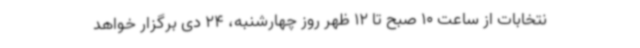
نتخابات از ساعت 10 صبح تا 12 ظهر روز چهارشنبه، 24 دی برگزار خواهد